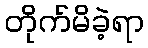
တိုက်မိခဲ့ရာ